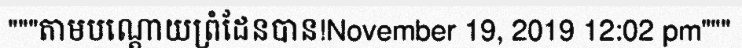
"""តាមបណ្តោយព្រំដែនបាន!November 19, 2019 12:02 pm"""